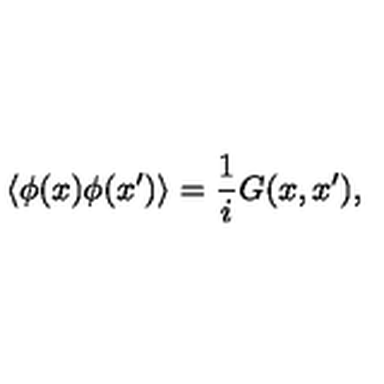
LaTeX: \langle \phi ( x ) \phi ( x ^ { \prime } ) \rangle = { \frac { 1 } { i } } G ( x , x ^ { \prime } ) ,